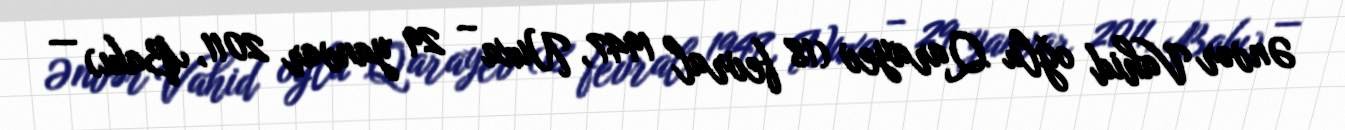
Ənvər Vahid oğlu Qarayev (18 fevral 1947, Nuxa – 29 yanvar 2011, Bakı) —